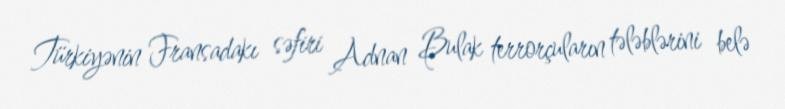
Türkiyənin Fransadakı səfiri Adnan Bulak terrorçuların tələblərini belə